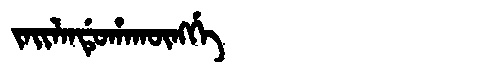
Manchu: ᠵᠠᡳᠯᠠᠨᡩᡠᡥᠠᡴᡡᠩᡤᡝ
Romanization: JAILANDUHAKŪNGGE